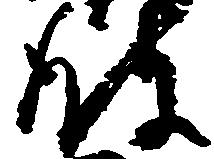
波